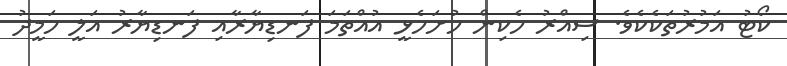
ކޯޓު އަމުރުތަކެކެވެ. ސިއްރު ހެކިން ހުށަހެޅީ އުއްތަމަ ފަނޑިޔާރާއި ފަނޑިޔާރު އަލީ ހަމީދު